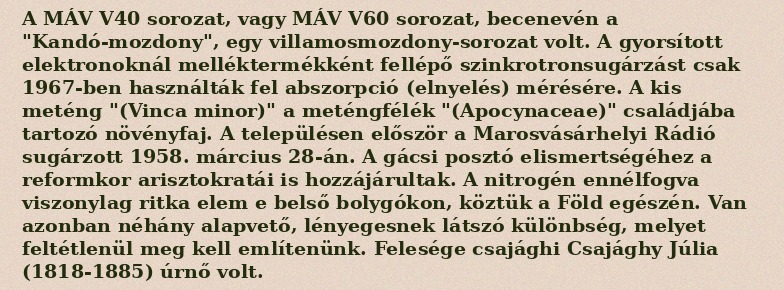
A MÁV V40 sorozat, vagy MÁV V60 sorozat, becenevén a "Kandó-mozdony", egy villamosmozdony-sorozat volt. A gyorsított elektronoknál melléktermékként fellépő szinkrotronsugárzást csak 1967-ben használták fel abszorpció (elnyelés) mérésére. A kis meténg "(Vinca minor)" a meténgfélék "(Apocynaceae)" családjába tartozó növényfaj. A településen először a Marosvásárhelyi Rádió sugárzott 1958. március 28-án. A gácsi posztó elismertségéhez a reformkor arisztokratái is hozzájárultak. A nitrogén ennélfogva viszonylag ritka elem e belső bolygókon, köztük a Föld egészén. Van azonban néhány alapvető, lényegesnek látszó különbség, melyet feltétlenül meg kell említenünk. Felesége csajághi Csajághy Júlia (1818-1885) úrnő volt.